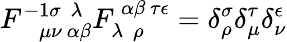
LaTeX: F_{~~~~\mu\nu~\alpha\beta}^{-1\sigma~~\lambda}F_{\lambda~~\rho}^{~\alpha\beta~\tau\epsilon}=\delta_{\rho}^{\sigma}\delta_{\mu}^{\tau}\delta_{\nu}^{\epsilon}